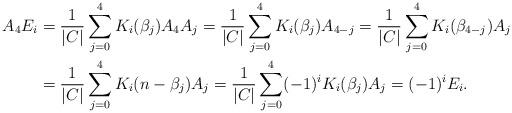
LaTeX: \begin{align*}A_4E_i&=\frac{1}{|C|}\sum_{j=0}^4 K_i(\beta_j)A_4A_j=\frac{1}{|C|}\sum_{j=0}^4 K_i(\beta_j)A_{4-j}=\frac{1}{|C|}\sum_{j=0}^4 K_i(\beta_{4-j})A_{j}\\&=\frac{1}{|C|}\sum_{j=0}^4 K_i(n-\beta_{j})A_{j}=\frac{1}{|C|}\sum_{j=0}^4(-1)^i K_i(\beta_{j})A_{j}=(-1)^iE_i.\end{align*}